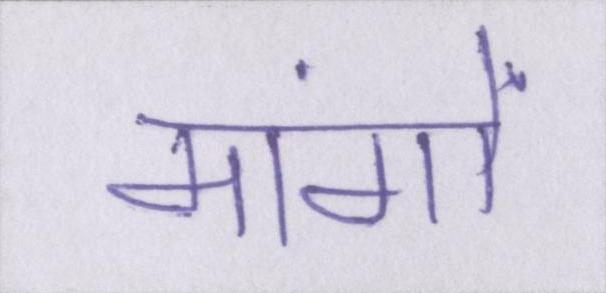
मांगों